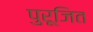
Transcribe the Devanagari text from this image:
पुरूजित